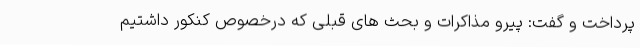
پرداخت و گفت: پیرو مذاکرات و بحث های قبلی که درخصوص کنکور داشتیم